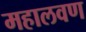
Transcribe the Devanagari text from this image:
महालवण